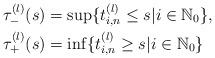
LaTeX: \begin{align*}&\tau_-^{(l)}(s)=\sup\{t_{i,n}^{(l)}\leq s| i \in \mathbb{N}_0\},\\&\tau_+^{(l)}(s)=\inf\{t_{i,n}^{(l)}\geq s| i \in \mathbb{N}_0\}\end{align*}